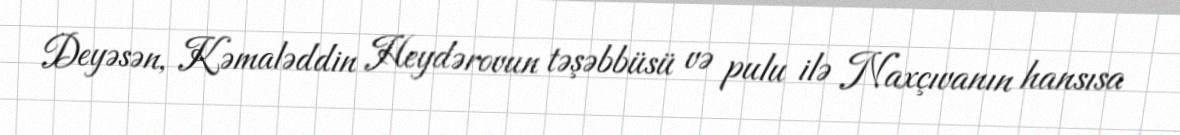
Deyəsən, Kəmaləddin Heydərovun təşəbbüsü və pulu ilə Naxçıvanın hansısa